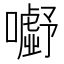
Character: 𭌗